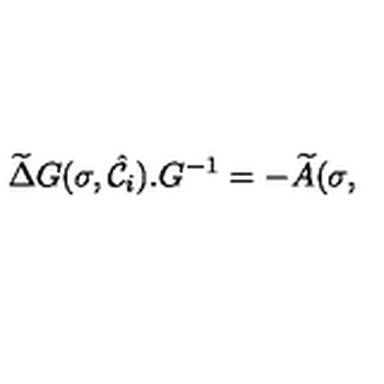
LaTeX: \widetilde { \Delta } G ( \sigma , { \hat { \cal { C } } } _ { i } ) . G ^ { - 1 } = - \widetilde { A } ( \sigma ,